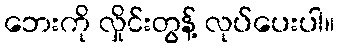
ဘေးကို လှိုင်းတွန့် လုပ်ပေးပါ။